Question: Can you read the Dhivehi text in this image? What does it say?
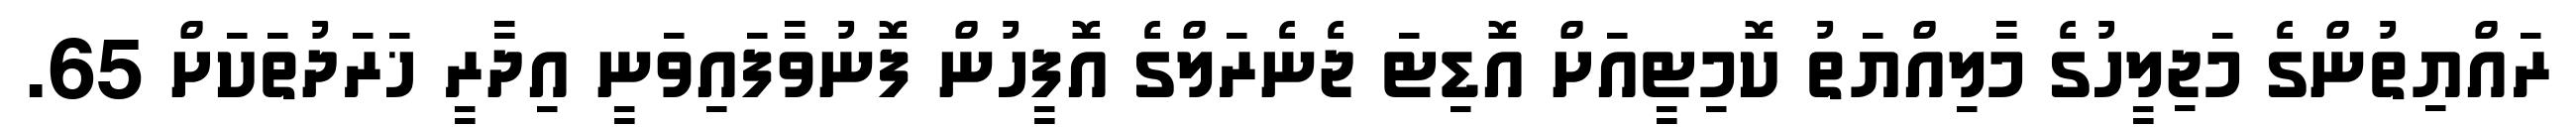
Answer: ރައްޔިތުންގެ މަޖިލީހުގެ މާލިއްޔަތު ކޮމިޓީއަށް އޮޑިޓަ ޖެނެރަލްގެ އޮފީހުން ފޮނުވާފައިވަނީ އިދާރީ ޚަރަދުތަކަށް 65.